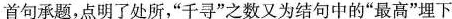
首句承题，点明了处所，“千寻”之数又为结句中的“最高”埋下